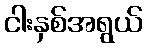
ငါးနှစ်အရွယ်